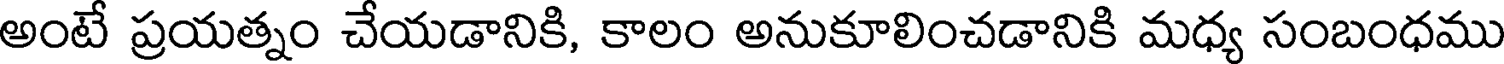
అంటే ప్రయత్నం చేయడానికి, కాలం అనుకూలించడానికి మధ్య సంబంధము